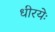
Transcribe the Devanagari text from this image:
धीरयेः